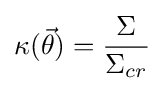
\kappa ({\vec {\theta }})={\Sigma  \over \Sigma _{cr}}